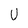
Character: U